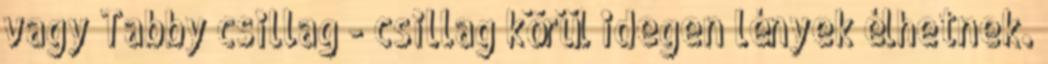
vagy Tabby csillag - csillag körül idegen lények élhetnek.